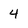
Character: 4